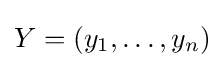
Y=(y_{1},\ldots ,y_{n})